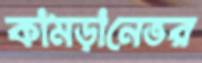
কামড়ানেভর